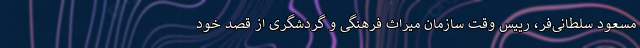
مسعود سلطانی‌فر، رییس وقت سازمان میراث فرهنگی و گردشگری از قصد خود